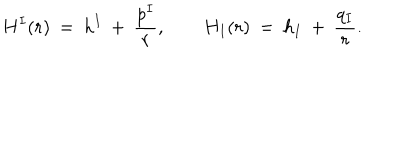
H ^ { I } ( r ) \: = \: h ^ { I } \: + \: \frac { p ^ { I } } { r } , \qquad H _ { I } ( r ) \: = \: h _ { I } \: + \: \frac { q _ { I } } { r } .